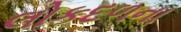
લોકદળના